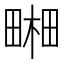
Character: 𤲭